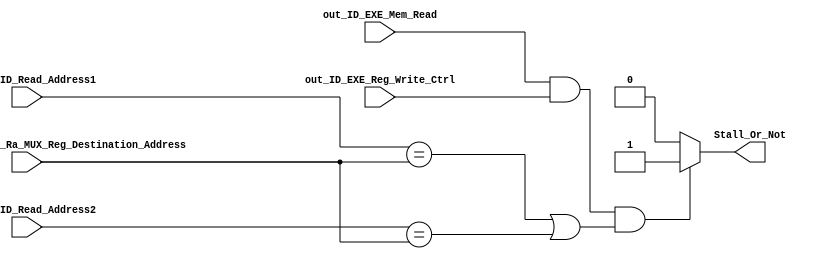
module Load_Hazard(

input out_ID_EXE_Mem_Read,
input out_ID_EXE_Reg_Write_Ctrl,
input [4:0]out_Reg_Destination_Or_Ra_MUX_Reg_Destination_Address,
input [4:0]out_IF_ID_Read_Address1,
input [4:0]out_IF_ID_Read_Address2,
output reg Stall_Or_Not
);
initial
begin
Stall_Or_Not=0;
end

always@(*)begin
if(((out_ID_EXE_Mem_Read==1)&(out_ID_EXE_Reg_Write_Ctrl==1))&((out_IF_ID_Read_Address1==out_Reg_Destination_Or_Ra_MUX_Reg_Destination_Address)|(out_IF_ID_Read_Address2==out_Reg_Destination_Or_Ra_MUX_Reg_Destination_Address)))begin
Stall_Or_Not=1;
end
else begin
Stall_Or_Not=0;
end
end
endmodule